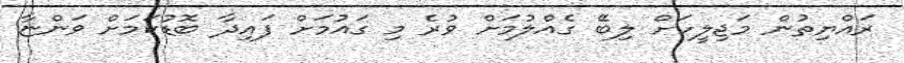
ރައްޔިތުން މަޖިލީހަށް ލިބޭ ގެއްލުމަށް ވުރެ މި ގައުމަށް ފައިދާ ބޮޑުކަމަށް ވަންޏާ